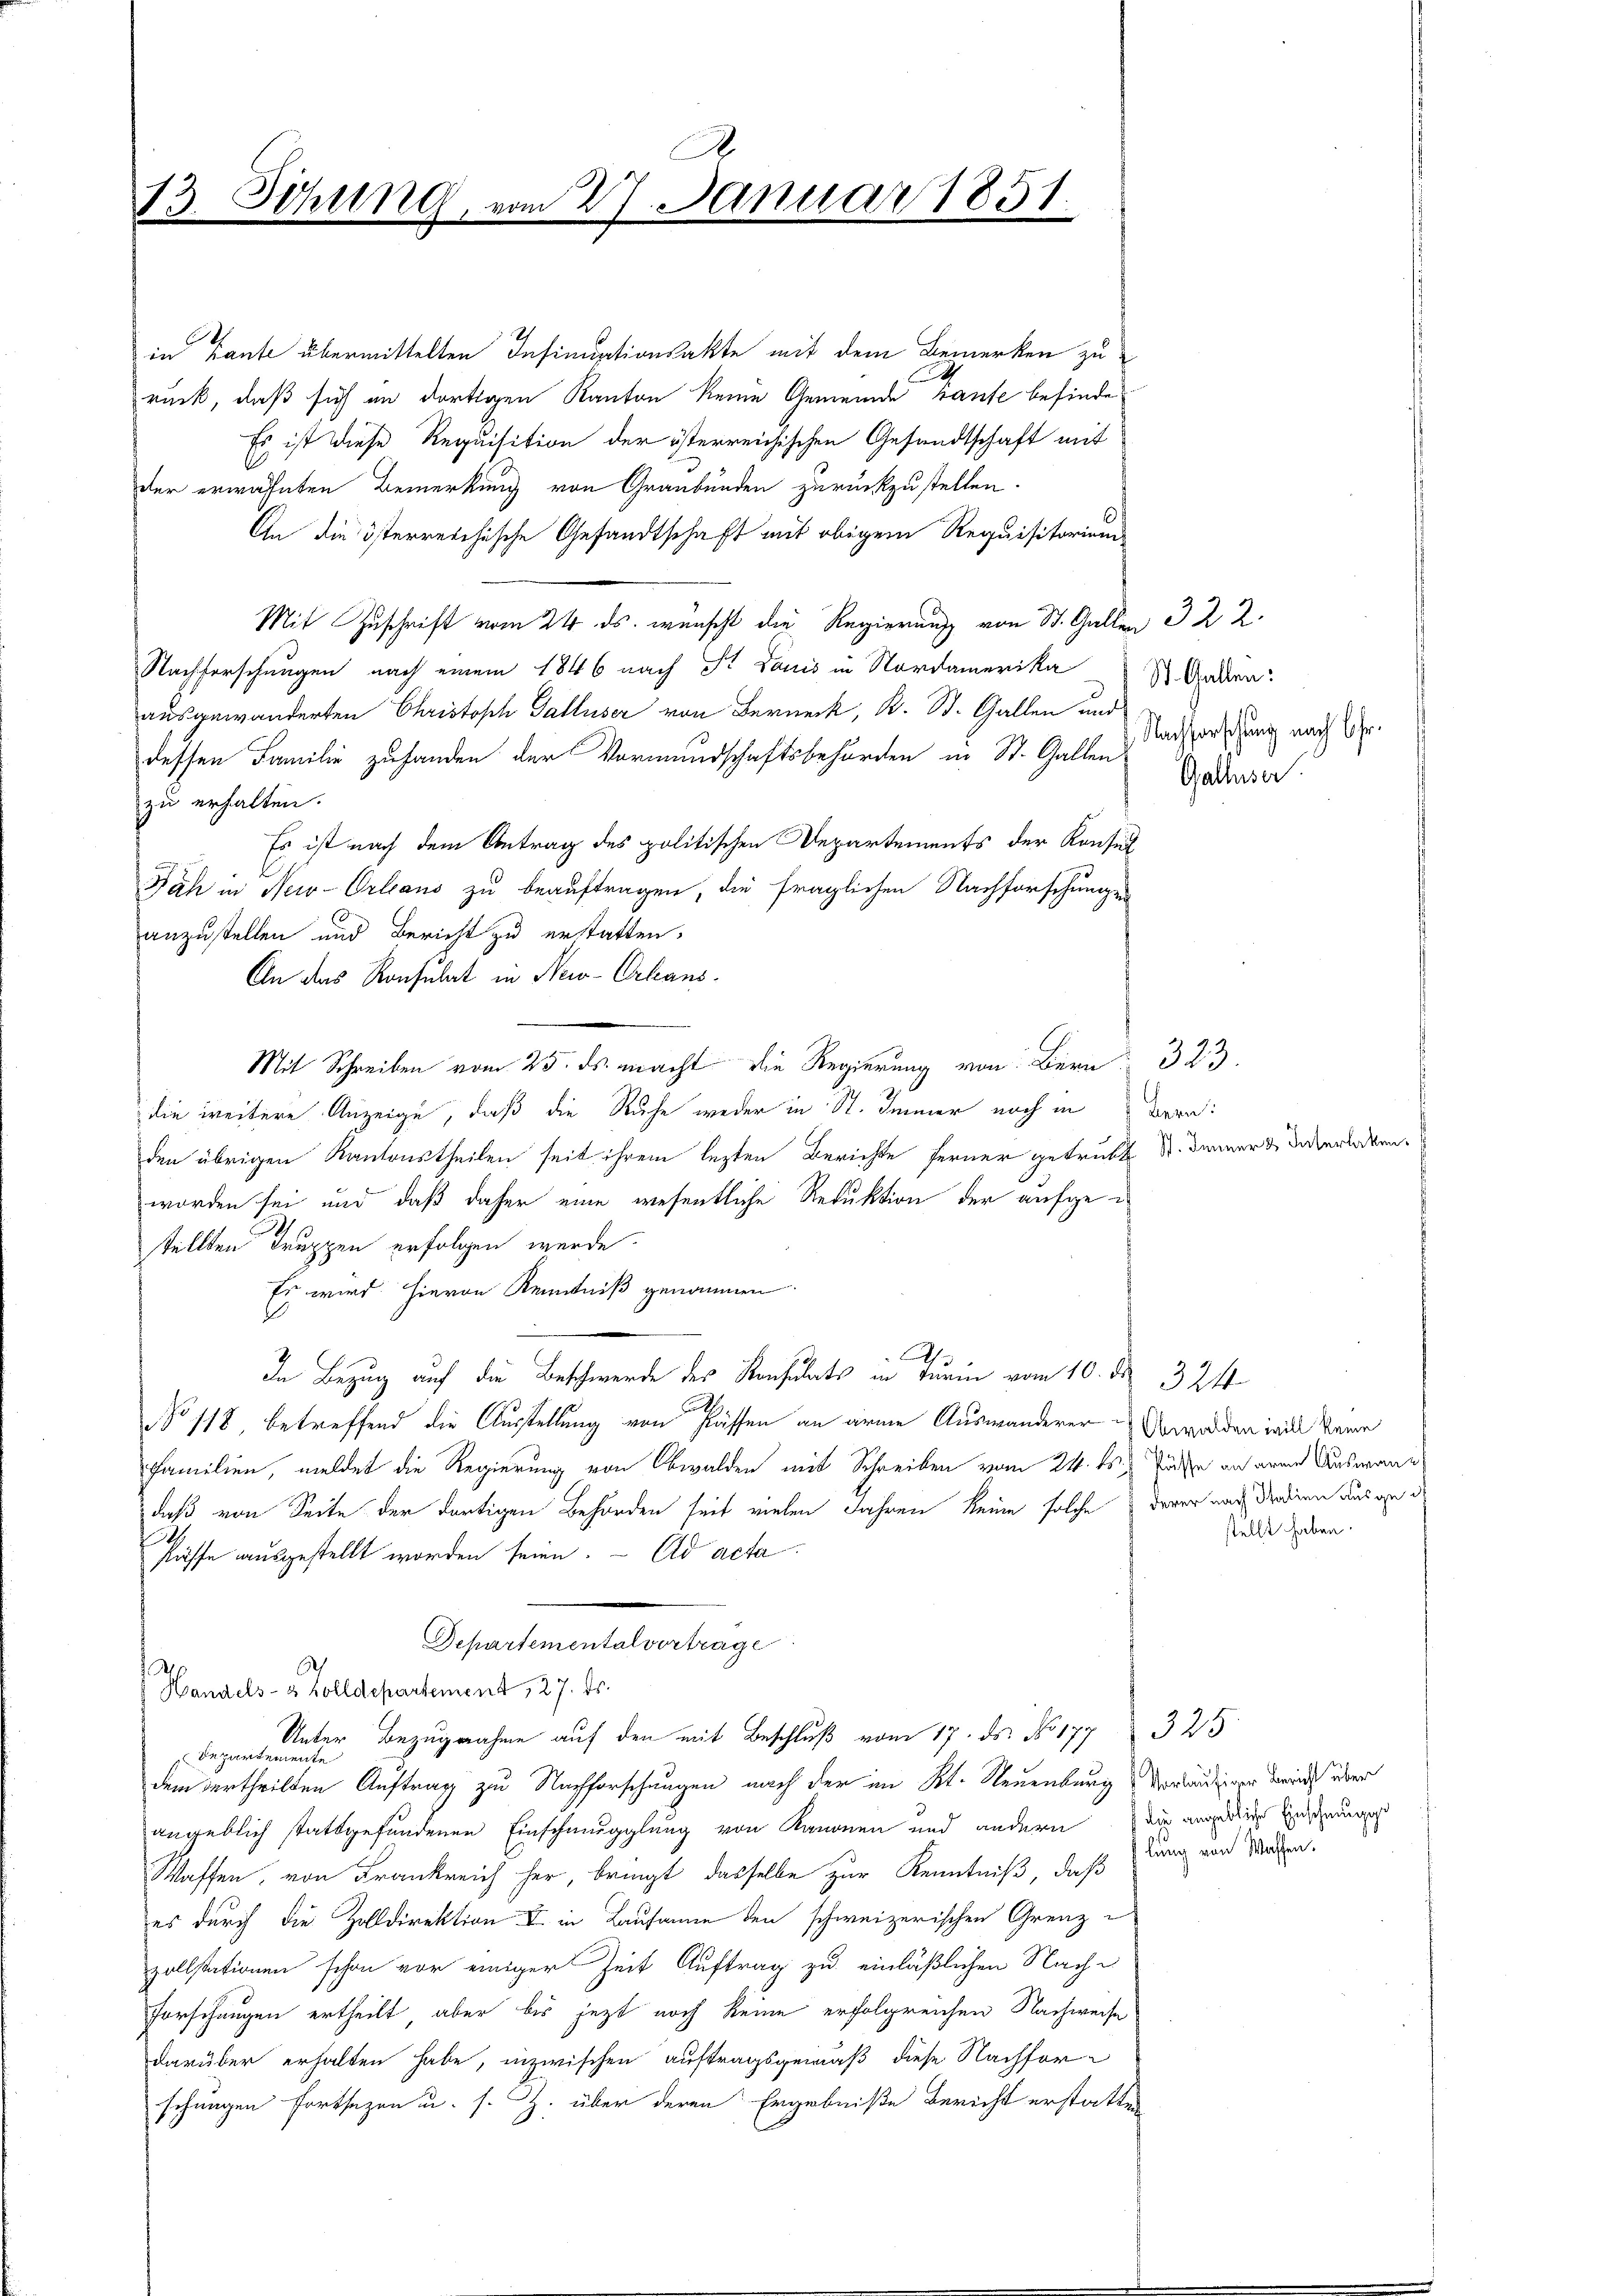
in Tante übermittelten Insinuationsakte mit dem Bemerken zu
h
ruck, daß sich in dortigen Kanton keine Gemeinde hante befinde
Es ist diese Requisition der österreichischen Gesandtschaft mit
der erwähnten Bemerkung von Graubünden zurückzustellen.
An die österreichische Gesandtschaft mit obigem Requisitorium
Mit Zuschrift vom 24. ds. wünscht die Regierung von St. Gallen 322.
Nachforschungen nach einem 1846 nach St. Louis in Nordamerika St. Gaden
ausgewanderten Christoph Galluser von Berneck, R. St. Gallen und
dessen Familie zuhanden der Vormundschaftsbehörden in St. Gallen
zu erhalten.
Es ist nach dem Antrag des politischen Departements der Konsul
Jäh in New-Orleans zu beauftragen, die fraglichen Nachforschungen
anzustellen und Bericht zu erstatten.
An das Konsulat in New-Orleans¬

die weitere Anzeige, daß die Ruhe weder in St. Immer noch in Bern:
den übrigen Kantonstheilen seit ihrem lezten Berichte ferner getrübte St. Jennerde unverleben.
worden sei und daß daher eine wesentliche Reduktion der aufgestellten Truppen erfolgen werde
Es wird hievon Kenntniß genommen.
Ah
In Bezug auf die Beschwerde des Konsulats in darin vom 10. d. 321
No 118, betreffend die Ausstellung von Passen an arme Auswanderer Obwalden will keine
Familien, meldet die Regierung von Obwalden mit Schreiben vom 24. ds. Fürste an armen Auswandaß von Seite der dortigen Behörden seit vielen Jahren keine solche derer nach Tradien aus geh
süsse ausgestellt worden seien. - Ad acta
Departementalvertrage
Handels- u. Zolldepartement 127. ds.
Unter Bezugnahme auf den mit Beschluß vom 17. ds. No 177 325
 Departemente
dem vertheilten Auftrag zu Nachforschungen nach der im Kt. Neuenburg vorläutiger den über
angeblich stattgefundenen Einschmugglung von Kanonen und andern die angedene Zuschungen
Waffen, von Frankreich her, bringt dasselbe zur Kenntniß, daß
es durch die Zolldirektion I. in Lausanne den schweizerischen Grenz
zollstationen schon vor einiger Zeit Auftrag zu einläßlichen Nach¬
Forschungen ertheilt, aber bis jezt noch keine erfolgreichen Nachweise
darüber erhalten habe, inzwischen auftragsgemäß diese Nachforschungen Fortsezen u. s. Z. über deren Ergebniße bericht erstatten

13. Sitzung

A
vom 27. Januar 1851.

Nachforschung nach Chr.
Galliser.

stellt haben.

lung von Wassen.